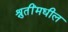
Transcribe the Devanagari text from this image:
श्रुतींमधील